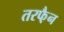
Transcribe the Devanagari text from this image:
तरफै़न